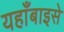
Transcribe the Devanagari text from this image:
यहाँबाइसे